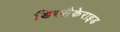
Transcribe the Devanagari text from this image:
डिस्सैकेराइड